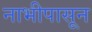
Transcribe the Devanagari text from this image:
नाभीपासून